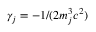
\gamma _ { j } = - 1 / ( 2 m _ { j } ^ { 3 } c ^ { 2 } )